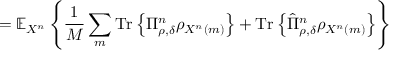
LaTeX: = \mathbb { E } _ { X ^ { n } } \left\{ { \frac { 1 } { M } } \sum _ { m } { \mathrm { T r } } \left\{ \Pi _ { \rho , \delta } ^ { n } \rho _ { X ^ { n } \left( m \right) } \right\} + { \mathrm { T r } } \left\{ { \hat { \Pi } } _ { \rho , \delta } ^ { n } \rho _ { X ^ { n } \left( m \right) } \right\} \right\}